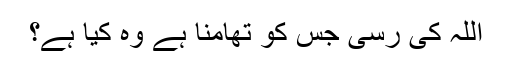
اللہ کی رسی جس کو تھامنا ہے وہ کیا ہے؟